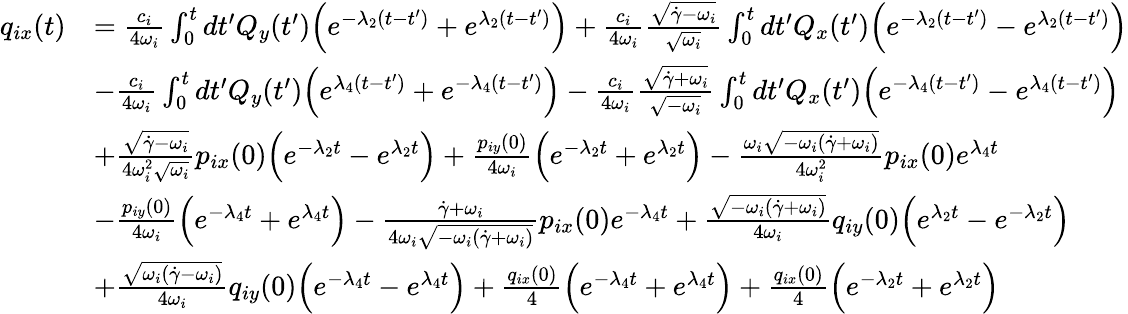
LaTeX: \begin{array}{rl}{q_{ix}(t)}&{=\frac{c_{i}}{4\omega_{i}}\int_{0}^{t}dt^{\prime}Q_{y}(t^{\prime})\Bigl(e^{-\lambda_{2}(t-t^{\prime})}+e^{\lambda_{2}(t-t^{\prime})}\Bigr)+\frac{c_{i}}{4\omega_{i}}\frac{\sqrt{\dot{\gamma}-\omega_{i}}}{\sqrt{\omega_{i}}}\int_{0}^{t}dt^{\prime}Q_{x}(t^{\prime})\Bigl(e^{-\lambda_{2}(t-t^{\prime})}-e^{\lambda_{2}(t-t^{\prime})}\Bigr)}\\ &{-\frac{c_{i}}{4\omega_{i}}\int_{0}^{t}dt^{\prime}Q_{y}(t^{\prime})\Bigl(e^{\lambda_{4}(t-t^{\prime})}+e^{-\lambda_{4}(t-t^{\prime})}\Bigr)-\frac{c_{i}}{4\omega_{i}}\frac{\sqrt{\dot{\gamma}+\omega_{i}}}{\sqrt{-\omega_{i}}}\int_{0}^{t}dt^{\prime}Q_{x}(t^{\prime})\Bigl(e^{-\lambda_{4}(t-t^{\prime})}-e^{\lambda_{4}(t-t^{\prime})}\Bigr)}\\ &{+\frac{\sqrt{\dot{\gamma}-\omega_{i}}}{4\omega_{i}^{2}\sqrt{\omega_{i}}}p_{ix}(0)\Bigl(e^{-\lambda_{2}t}-e^{\lambda_{2}t}\Bigr)+\frac{p_{iy}(0)}{4\omega_{i}}\Bigl(e^{-\lambda_{2}t}+e^{\lambda_{2}t}\Bigr)-\frac{\omega_{i}\sqrt{-\omega_{i}(\dot{\gamma}+\omega_{i})}}{4\omega_{i}^{2}}p_{ix}(0)e^{\lambda_{4}t}}\\ &{-\frac{p_{iy}(0)}{4\omega_{i}}\Bigl(e^{-\lambda_{4}t}+e^{\lambda_{4}t}\Bigr)-\frac{\dot{\gamma}+\omega_{i}}{4\omega_{i}\sqrt{-\omega_{i}(\dot{\gamma}+\omega_{i})}}p_{ix}(0)e^{-\lambda_{4}t}+\frac{\sqrt{-\omega_{i}(\dot{\gamma}+\omega_{i})}}{4\omega_{i}}q_{iy}(0)\Bigl(e^{\lambda_{2}t}-e^{-\lambda_{2}t}\Bigr)}\\ &{+\frac{\sqrt{\omega_{i}(\dot{\gamma}-\omega_{i})}}{4\omega_{i}}q_{iy}(0)\Bigl(e^{-\lambda_{4}t}-e^{\lambda_{4}t}\Bigr)+\frac{q_{ix}(0)}{4}\Bigl(e^{-\lambda_{4}t}+e^{\lambda_{4}t}\Bigr)+\frac{q_{ix}(0)}{4}\Bigl(e^{-\lambda_{2}t}+e^{\lambda_{2}t}\Bigr)}\end{array}